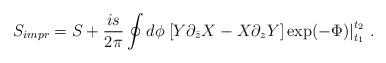
LaTeX: \begin{align*}S_{impr} = S + \frac{is}{2\pi}\oint d\phi \left.\left[Y \partial_{\bar z} X - X \partial_z Y\right]\exp(-\Phi)\right|^{t_2}_{t_1}\,. \end{align*}